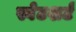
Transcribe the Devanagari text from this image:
स्वेटशर्ट